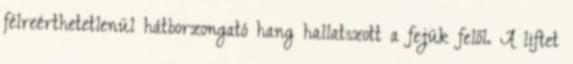
félreérthetetlenül hátborzongató hang hallatszott a fejük felől. A liftet